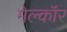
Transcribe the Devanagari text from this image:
मेल्कॉर